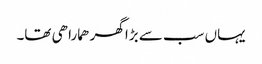
یہاں سب سے بڑا گھر ھمارا ھی تھا۔